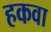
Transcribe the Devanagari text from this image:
हकवा